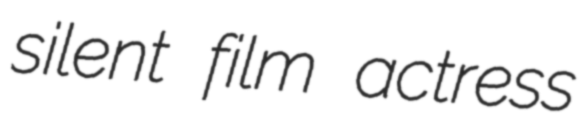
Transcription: silent film actress